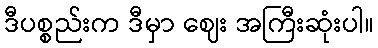
ဒီပစ္စည်းက ဒီမှာ ဈေး အကြီးဆုံးပါ။